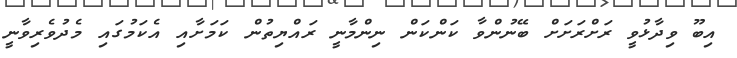
އިބޫ ވިދާޅުވީ ރަށްރަށަށް ބޭނުންވާ ކަންކަން ނިންމާނީ ރައްޔިތުން ކަމަށާއި އެކަމުގައި މެދުވެރިވާނީ